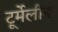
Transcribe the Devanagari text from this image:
टूर्मेलीन।